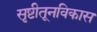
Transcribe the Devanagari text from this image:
सृष्टीतूनविकास